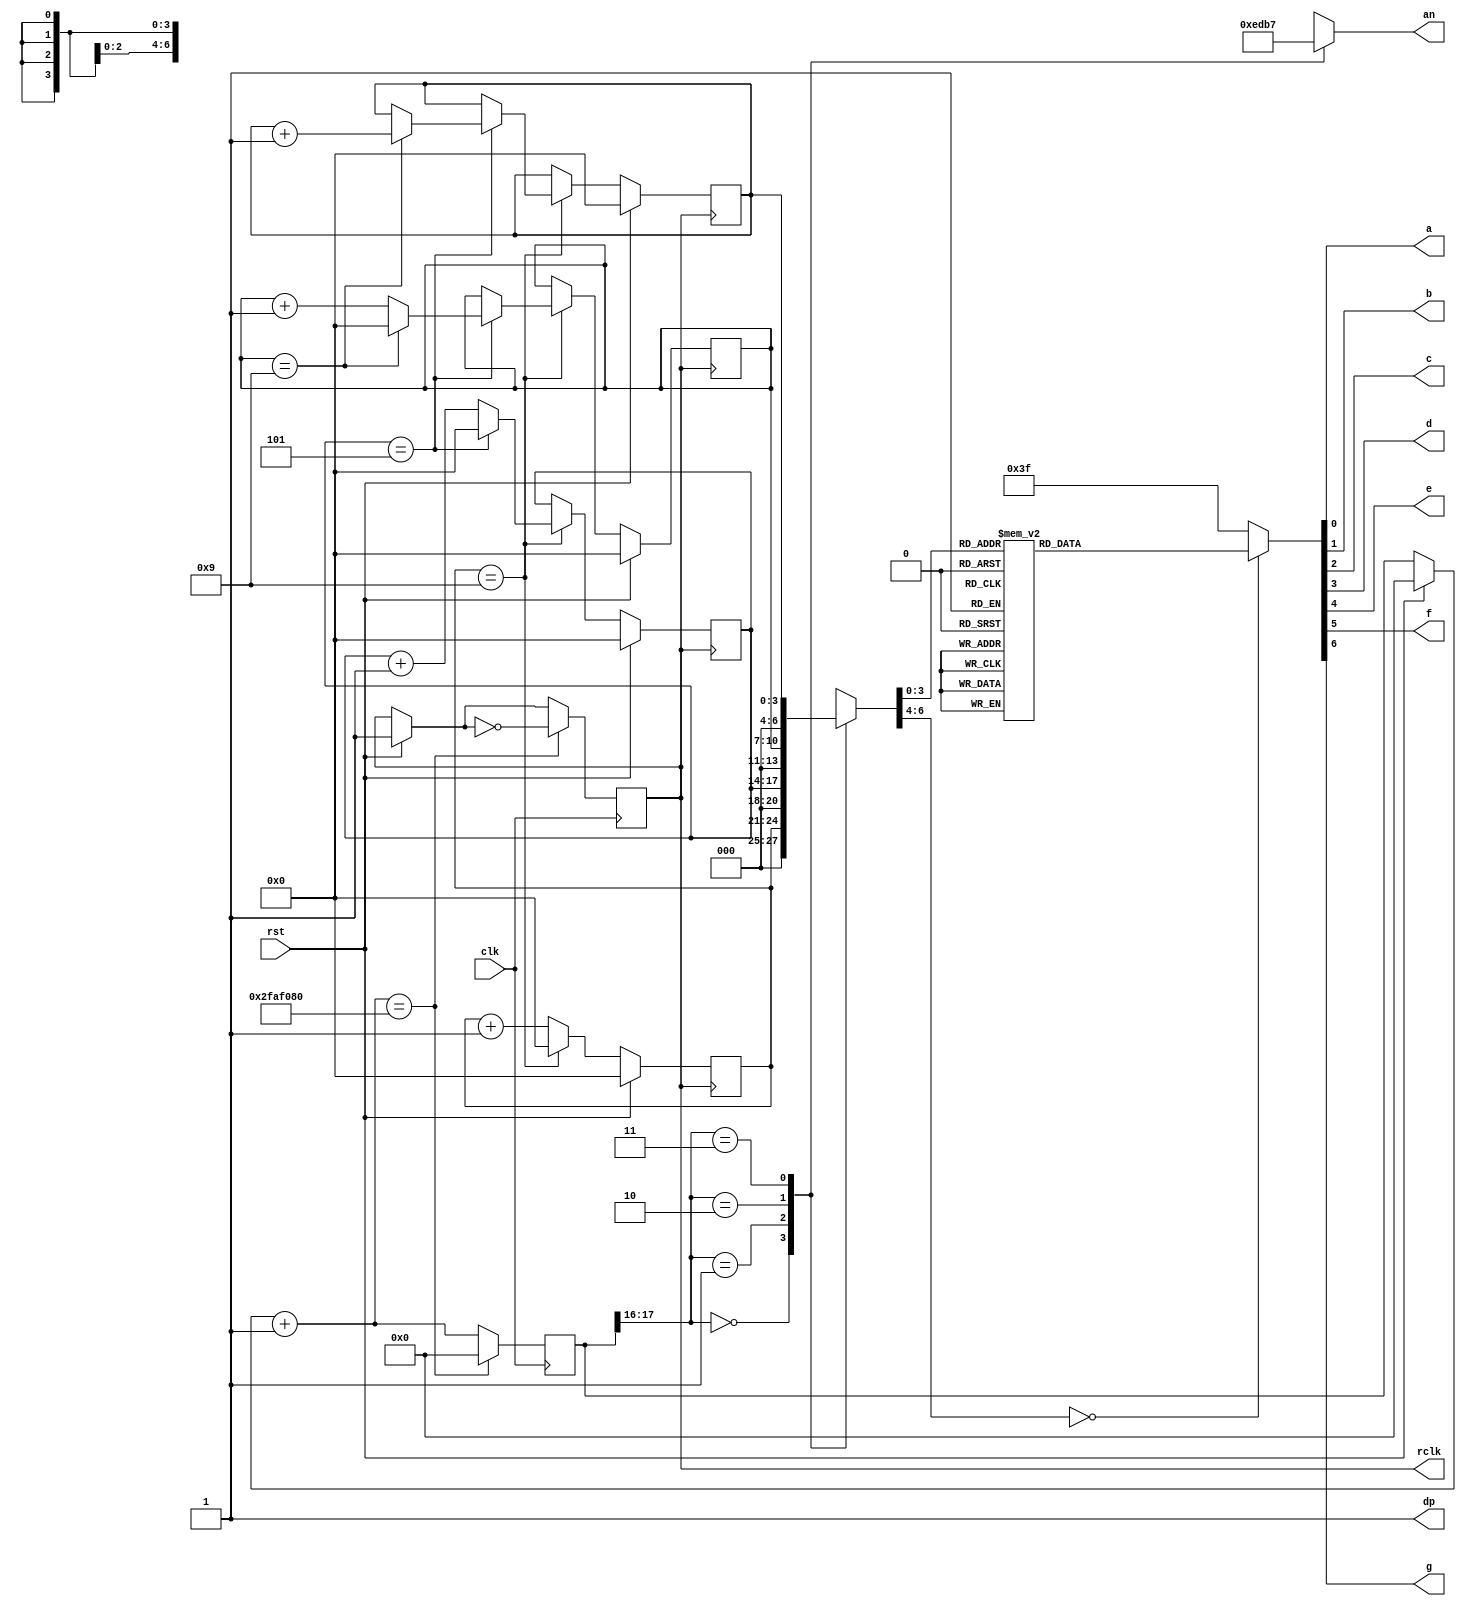
`timescale 1ns / 1ps
//////////////////////////////////////////////////////////////////////////////////
// Company: 
// Engineer: 
// 
// Design Name: 
// Module Name:    seven 
// Project Name: 
// Target Devices: 
// Tool versions: 
// Description: 
//
// Dependencies: 
//
// Revision: 
// Revision 0.01 - File Created
// Additional Comments: 
//
//////////////////////////////////////////////////////////////////////////////////
module seven(
    input clk,
    input rst,
    output reg rclk,
	 output a,
    output b,
    output c,
    output d,
    output e,
    output f,
    output g,
    output dp,
    output [3:0]an
    );

reg [3:0]first; //register for the first digit
reg [3:0]second; //register for the second digit
reg [3:0]third;
reg [3:0]fourth;

reg [26:0]count;
reg [6:0]min;
reg [6:0]sec;

always@(posedge clk)
begin
if(rst)
begin
count = 0;
rclk = 1'b1;
sec = 0;
min = 0;
end
count = count+1;
if(count == 50000000)
begin
rclk = !rclk;
sec = sec+1 ;
if(sec == 60)
begin
min = min+1;
sec = 0;
end
if(min == 60)
begin
min = 0;
end
count = 0;
end
end


always@(posedge rclk)
begin

if(rst)
begin
first <= 0;
second <= 0;
third <= 0;
fourth <= 0;
end

else if (first==4'd9) 
begin  //x9 reached
first <= 0;
if (second == 4'd5) //59 reached
begin
second <= 0;
third <= third + 1;
if (third == 4'd9)
begin
third <= 0;
fourth <= fourth + 1;
end
end
else
second <= second + 1;  
end
else
first <= first + 1;
end

localparam N = 18;
reg [N-1:0]co;

always @ (posedge clk)
begin
if (rst)
co <= 0;
else
co <= co + 1;
end

reg [6:0]sseg;
reg [3:0]an_temp;
always @ (*)
 begin
  case(count[N-1:N-2])
   
   2'b00 : 
    begin
     sseg = first;
     an_temp = 4'b1110;
    end
   
   2'b01:
    begin
     sseg = second;
     an_temp = 4'b1101;
    end
   
   2'b10:
    begin
     sseg = third; 
     an_temp = 4'b1011;
    end
    
   2'b11:
    begin
     sseg = fourth; 
     an_temp = 4'b0111;
    end
  endcase
 end
assign an = an_temp;

reg [6:0] sseg_temp; 
always @ (*)
 begin
  case(sseg)
   4'd0 : sseg_temp = 7'b1000000; //0
   4'd1 : sseg_temp = 7'b1111001; //1
   4'd2 : sseg_temp = 7'b0100100; //2
   4'd3 : sseg_temp = 7'b0110000; //3
   4'd4 : sseg_temp = 7'b0011001; //4
   4'd5 : sseg_temp = 7'b0010010; //5
   4'd6 : sseg_temp = 7'b0000010; //6
   4'd7 : sseg_temp = 7'b1111000; //7
   4'd8 : sseg_temp = 7'b0000000; //8
   4'd9 : sseg_temp = 7'b0010000; //9
   default : sseg_temp = 7'b0111111; //dash
  endcase
 end
assign {g, f, e, d, c, b, a} = sseg_temp; 
assign dp = 1'b1; //we dont need the decimal here so turn all of them off

endmodule